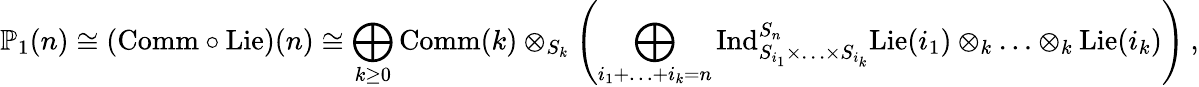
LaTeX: \mathbb{P}_{1}(n)\cong(\mathrm{Comm}\circ\mathrm{Lie})(n)\cong\bigoplus_{k\ge 0}\mathrm{Comm}(k)\otimes_{S_{k}}\left(\bigoplus_{i_{1}+\ldots+i_{k}=n}\mathrm{Ind}_{S_{i_{1}}\times\ldots\times S_{i_{k}}}^{S_{n}}\mathrm{Lie}(i_{1})\otimes_{k}\ldots\otimes_{k}\mathrm{Lie}(i_{k})\right)\: ,